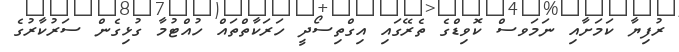
ރުފިޔާ ކަމަށާއި ނަމަވސް ކޮވިޑްގެ ތެރޭގައި އިގްތިސޯދީ ހަރަކާތްތައް ހުއްޓުމާ ގުޅިގެން ސަރުކާރުގެ